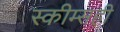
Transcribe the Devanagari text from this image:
स्कीम्सही